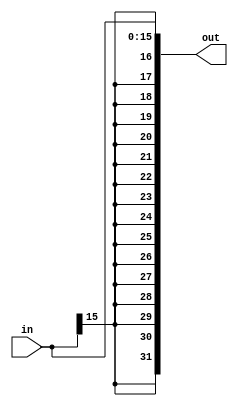
// This program was cloned from: https://github.com/the-pinbo/MIPS-single-cycle
// License: MIT License

module signextend (input [15 : 0] in, output [31 : 0] out);
    assign out ={{16 {in [ 15 ]}}, in};
endmodule